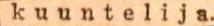
kuuntelija.